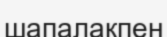
шапалақпен